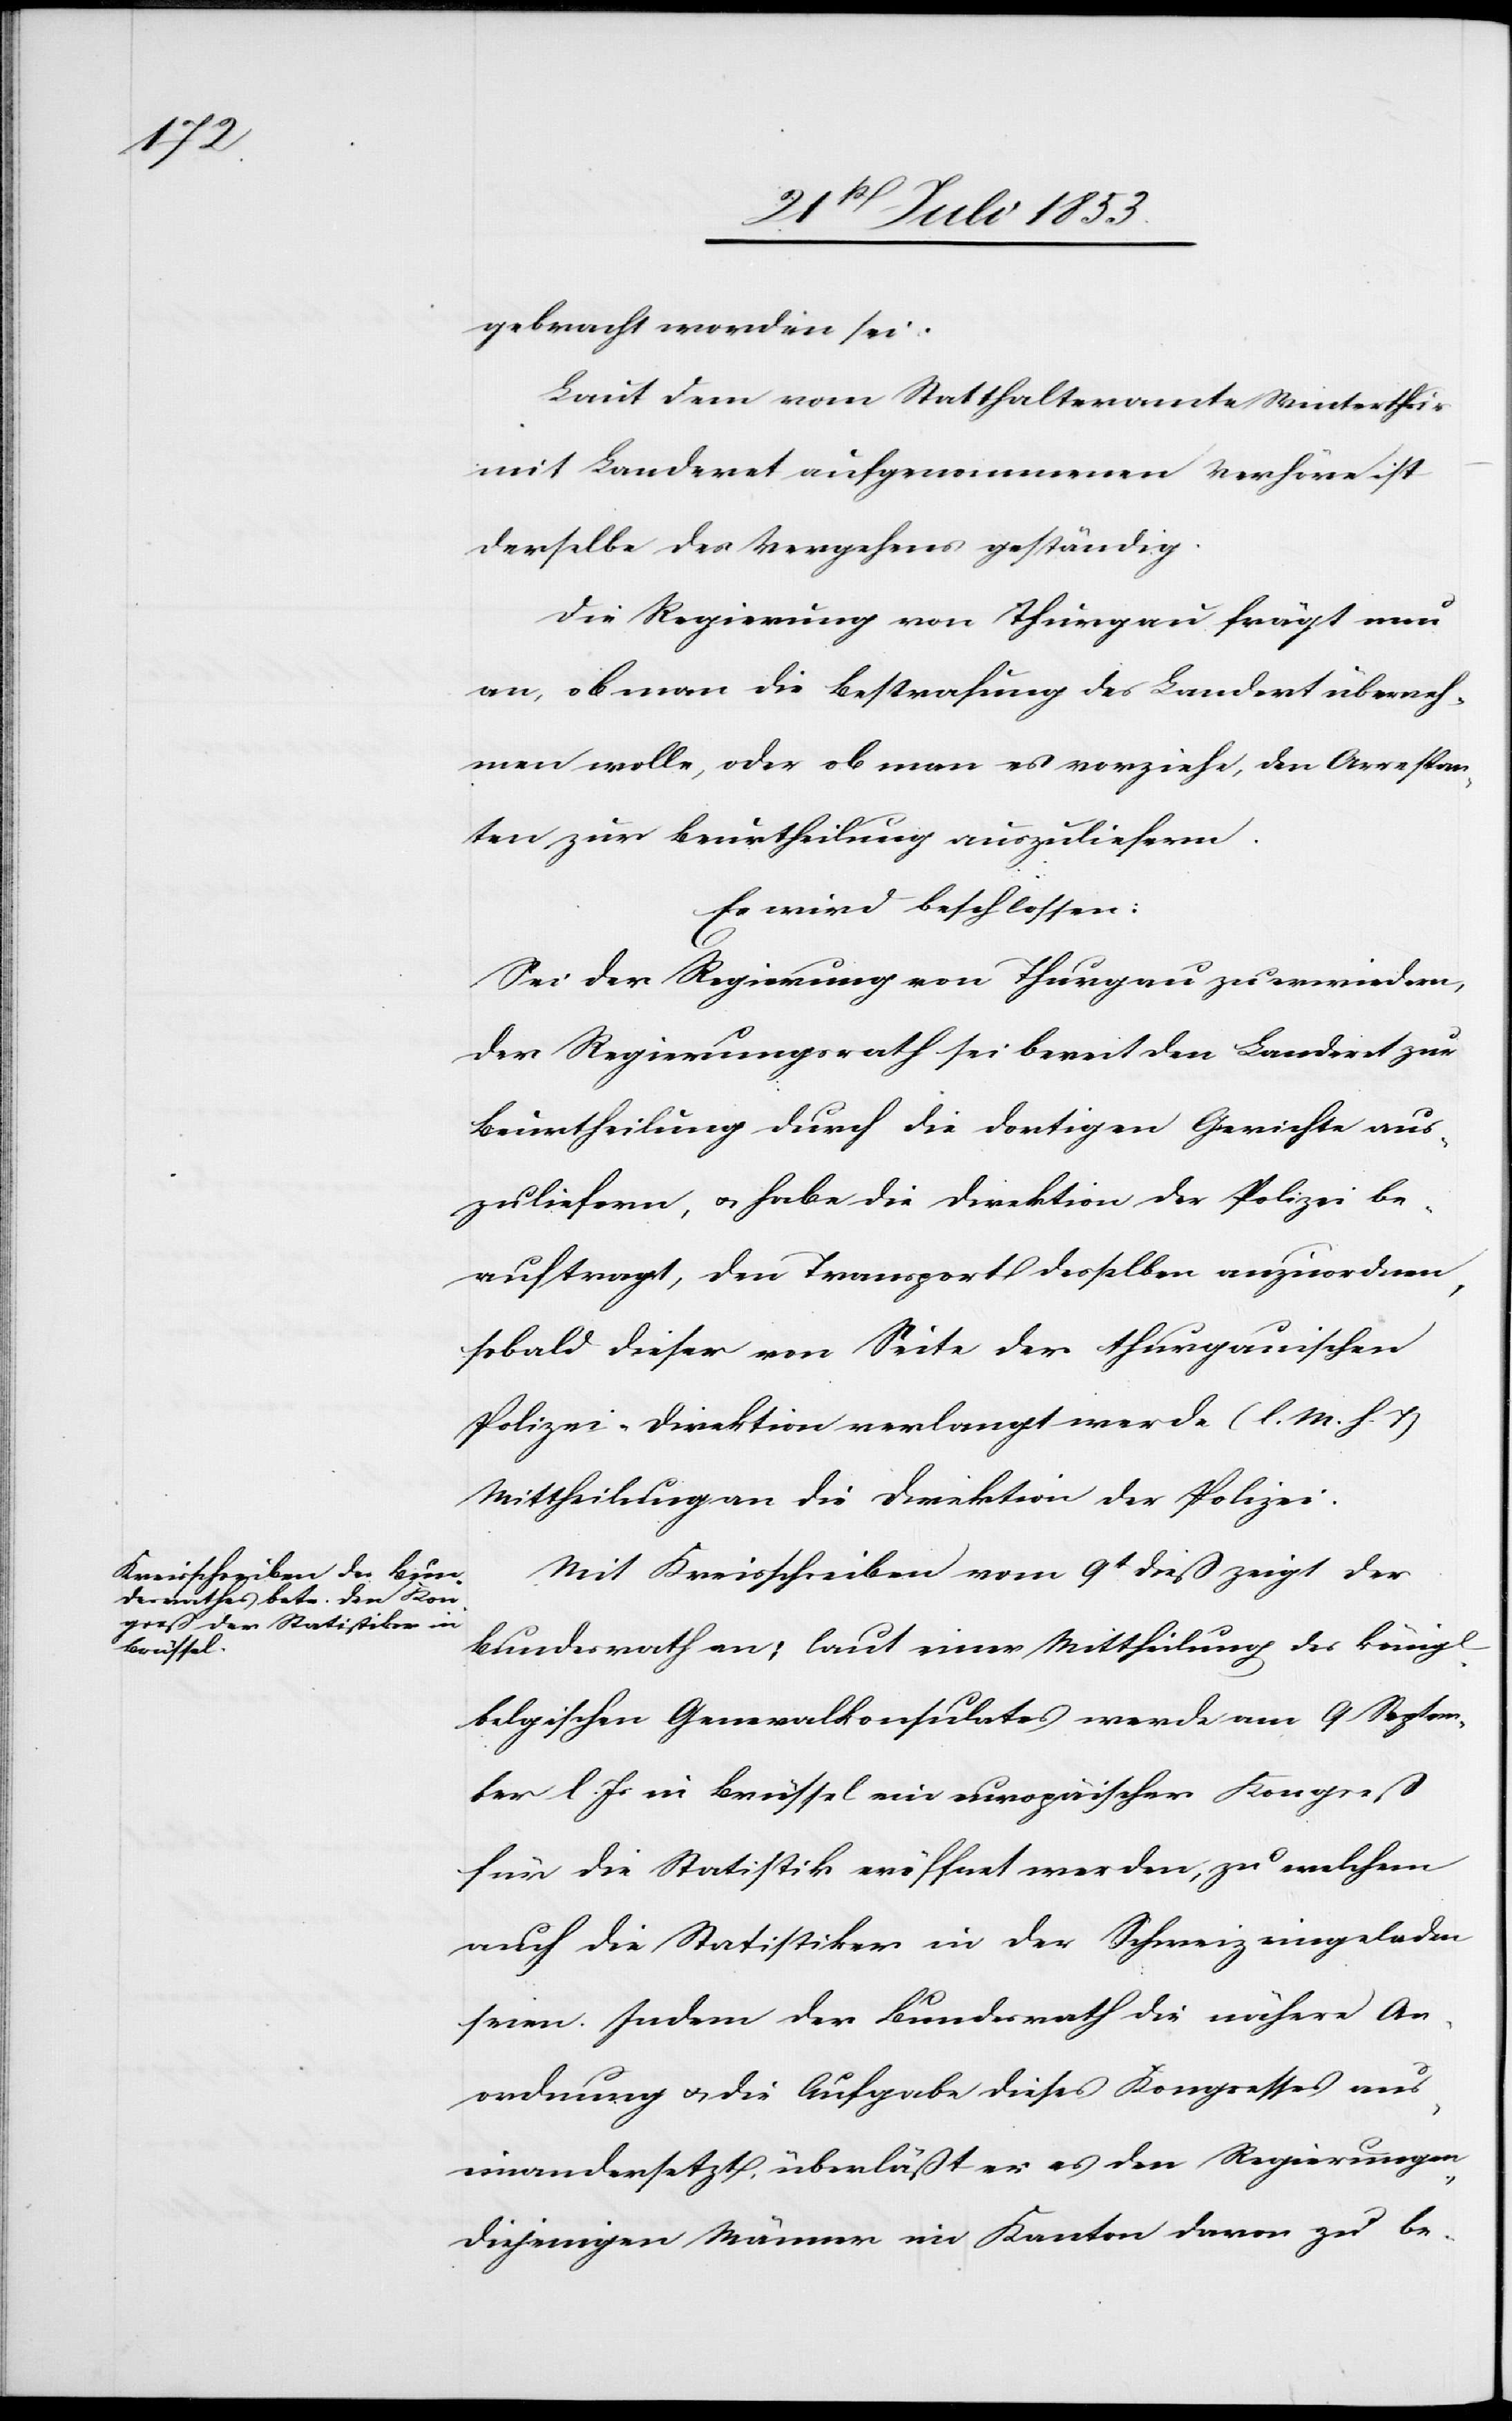
gebracht worden sei.
Laut dem vom Statthalteramte Winterthur
mit Landeret aufgenommenen Verhöre ist
derselbe des Vergehens geständig.
Die Regierung von Thurgau frägt nun
an, ob man die Bestrafung des Landeret überneh¬
men wolle, oder ob man es vorziehe, den Arrestan¬
ten zur Beurtheilung auszuliefern.
Es wird beschlossen:
Sei der Regierung von Thurgau zu erwiedern,
der Regierungsrath sei bereit den Landeret zur
Beurtheilung durch die dortigen Gerichte aus¬
zuliefern, u. habe die Direktion der Polizei be¬
auftragt, den Transport desselben anzuordnen,
sobald dieser von Seite der thurgauischen
Polizei-Direktion verlangt werde. [l. M. h. T]
Mittheilungen an die Direktion der Polizei.
Mit Kreisschreiben vom 9t dieß zeigt der
Bundesrath an; laut einer Mittheilung des könig[l¬
belgischen Generalkonsulates werde am 9 Septem¬
ber l. Js. in Brüssel ein europäischer Kongreß
für die Statistik eröffnet werden, zu welchem
auch die Statistiker in der Schweiz eingeladen
ichen]
seien. Indem der Bundesrath die nähere An¬
ordnung u. die Aufgaben dieses Kongresses aus¬
einandersetzt, überläßt er es den Regierungen
diejenigen Männer im Kanton davon zu be-